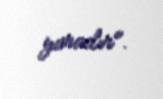
yaradır".